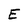
Character: E